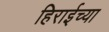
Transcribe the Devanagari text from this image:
हिराईच्या